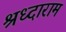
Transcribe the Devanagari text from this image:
श्रध्दाराम